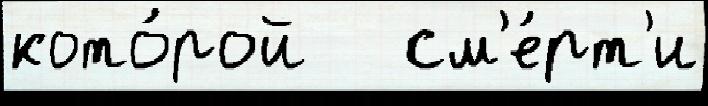
кото́рой   см'е́рт'и